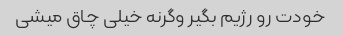
خودت رو رژیم بگیر وگرنه خیلی چاق میشی